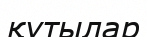
қутылар